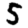
Digit: 5